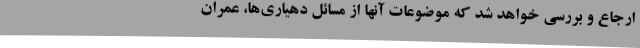
ارجاع و بررسی خواهد شد که موضوعات آنها از مسائل دهیاری‌ها، عمران